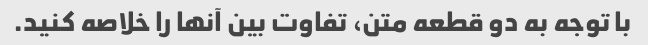
با توجه به دو قطعه متن، تفاوت بین آنها را خلاصه کنید.